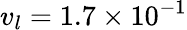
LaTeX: {v_{l}}=\mathrm{{}}1.7\times{10^{-1}}